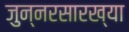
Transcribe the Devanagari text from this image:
जुन्नरसारख्या